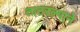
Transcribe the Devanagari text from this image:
ताठरल्याने